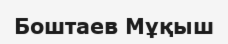
Боштаев Мұқыш